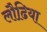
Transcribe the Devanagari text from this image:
लौढि़या